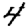
Digit: 4